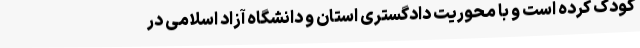
کودک کرده است و با محوریت دادگستری استان و دانشگاه آزاد اسلامی در